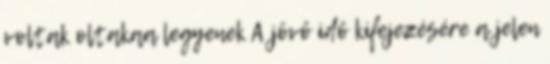
voltak oltakaa legyenek A jövő idő kifejezésére a jelen